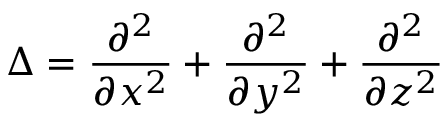
\Delta = \frac { \partial ^ { 2 } } { \partial x ^ { 2 } } + \frac { \partial ^ { 2 } } { \partial y ^ { 2 } } + \frac { \partial ^ { 2 } } { \partial z ^ { 2 } }